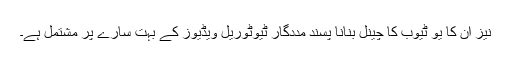
نیز ان کا یو ٹیوب کا چینل بنانا پسند مددگار ٹیوٹوریل ویڈیوز کے بہت سارے پر مشتمل ہے۔